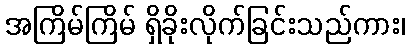
အကြိမ်ကြိမ် ရှိခိုးလိုက်ခြင်းသည်ကား၊